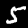
Digit: 5